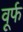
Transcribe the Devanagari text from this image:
वूर्फ